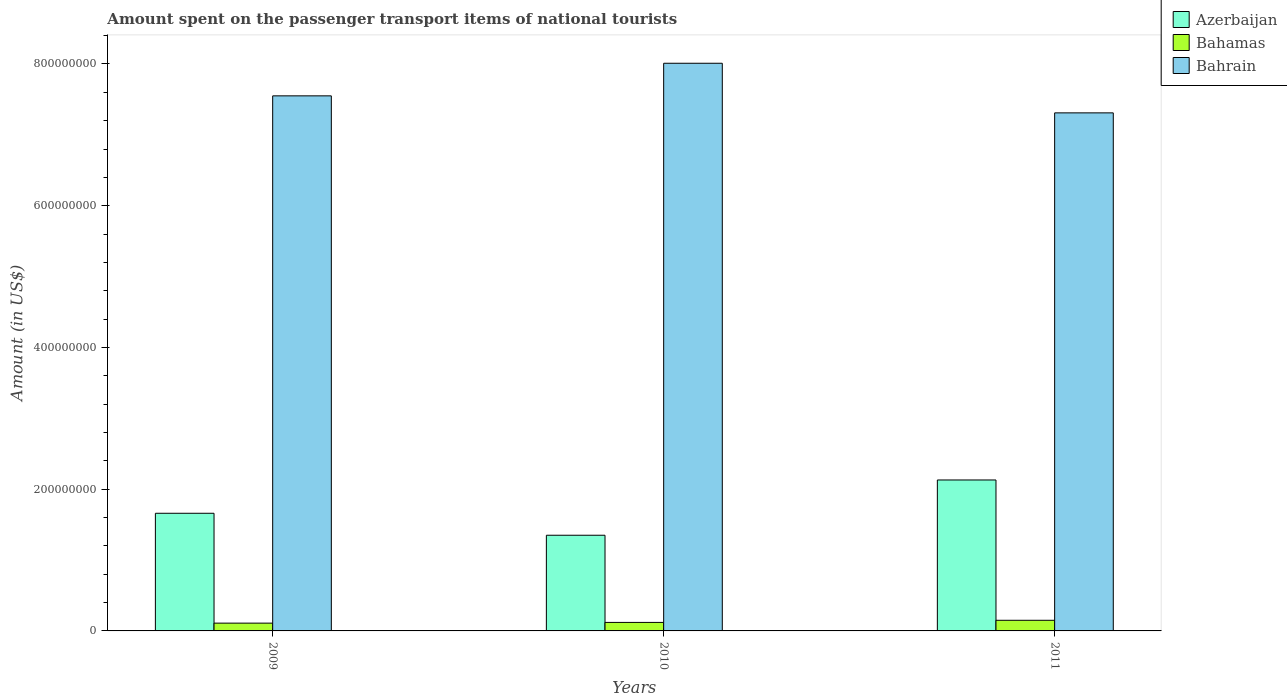
| Years | Azerbaijan | Bahamas | Bahrain |
 | --- | --- | --- | --- |
 | 2009 | 1.66e+08 | 1.1e+07 | 7.55e+08 |
 | 2010 | 1.35e+08 | 1.2e+07 | 8.01e+08 |
 | 2011 | 2.13e+08 | 1.5e+07 | 7.31e+08 |